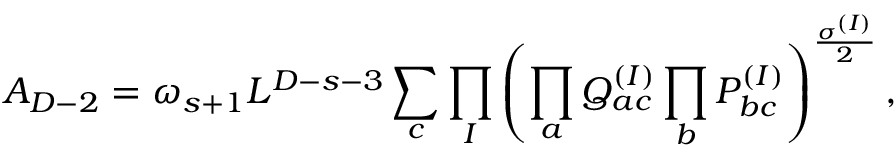
{ \cal A } _ { D - 2 } = \omega _ { s + 1 } L ^ { D - s - 3 } \sum _ { c } \prod _ { I } \left( \prod _ { a } Q _ { a c } ^ { ( I ) } \prod _ { b } P _ { b c } ^ { ( I ) } \right) ^ { \frac { \sigma ^ { ( I ) } } { 2 } } ,